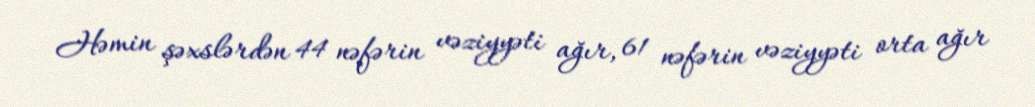
Həmin şəxslərdən 44 nəfərin vəziyyəti ağır, 61 nəfərin vəziyyəti orta ağır